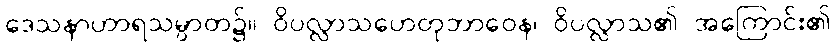
ဒေသနာဟာရသမ္ပာတ၌။ ဝိပလ္လာသဟေတုဘာဝေန၊ ဝိပလ္လာသ၏ အကြောင်း၏